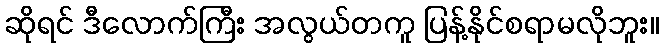
ဆိုရင် ဒီလောက်ကြီး အလွယ်တကူ ပြန့်နိုင်စရာမလိုဘူး။